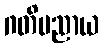
ဂတိမညာယ